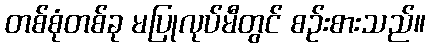
တစ်စုံတစ်ခု မပြုလုပ်မီတွင် စဉ်းစားသည်။